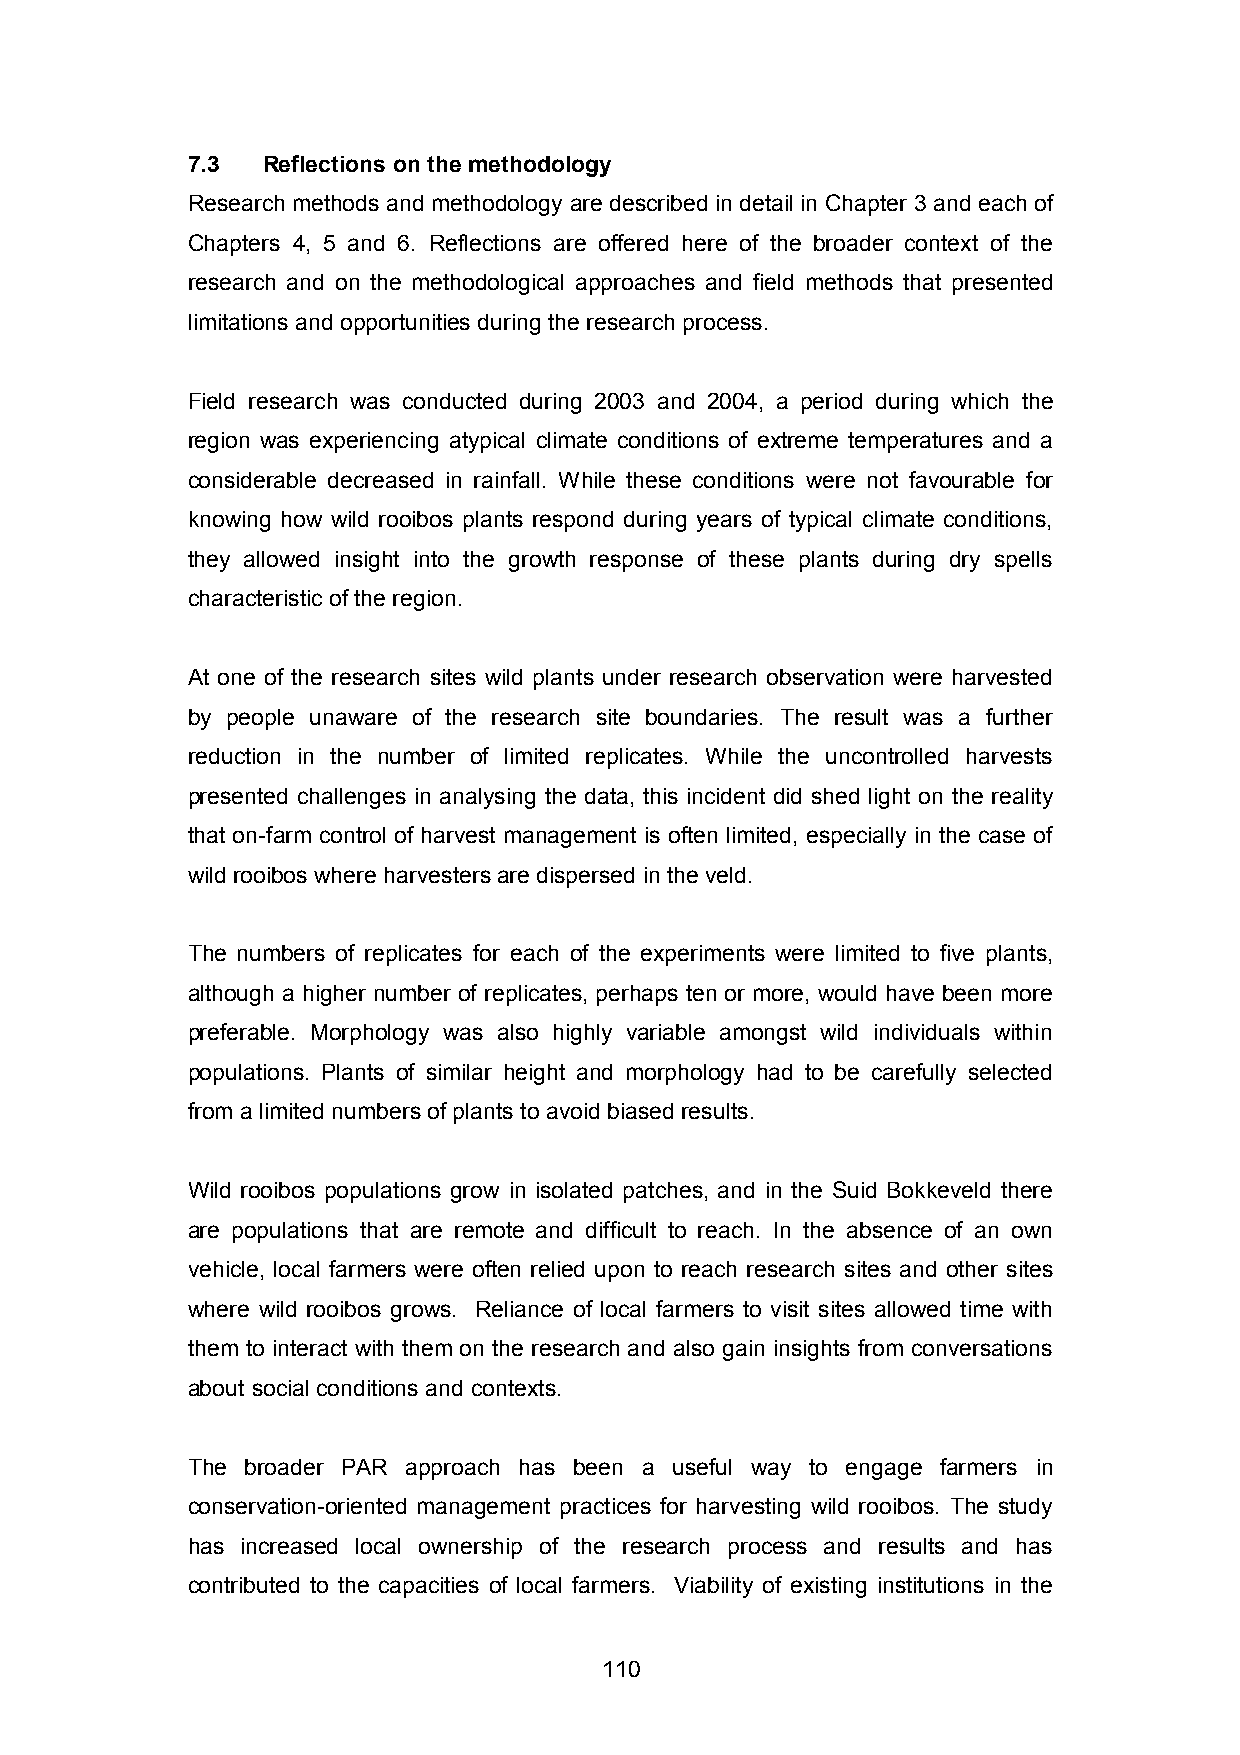
7.3  Reflections on the methodology
 Research methods and methodology are described in detail in Chapter 3 and each of
 Chapters 4, 5 and 6. Reflections are offered here of the broader context of the
 research and on the methodological approaches and field methods that presented
 limitations and opportunities during the research process.
 Field research was conducted during 2003 and 2004, a period during which the
 region was experiencing atypical climate conditions of extreme temperatures and a
 considerable decreased in rainfall. While these conditions were not favourable for
 knowing how wild rooibos plants respond during years of typical climate conditions,
 they allowed insight into the growth response of these plants during dry spells
 characteristic of the region.
 At one of the research sites wild plants under research observation were harvested
 by people unaware of the research site boundaries. The result was a further
 reduction in the number of limited replicates. While the uncontrolled harvests
 presented challenges in analysing the data, this incident did shed light on the reality
 that on-farm control of harvest management is often limited, especially in the case of
 wild rooibos where harvesters are dispersed in the veld.
 The numbers of replicates for each of the experiments were limited to five plants,
 although a higher number of replicates, perhaps ten or more, would have been more
 preferable. Morphology was also highly variable amongst wild individuals within
 populations. Plants of similar height and morphology had to be carefully selected
 from a limited numbers of plants to avoid biased results.
 Wild rooibos populations grow in isolated patches, and in the Suid Bokkeveld there
 are populations that are remote and difficult to reach. In the absence of an own
 vehicle, local farmers were often relied upon to reach research sites and other sites
 where wild rooibos grows. Reliance of local farmers to visit sites allowed time with
 them to interact with them on the research and also gain insights from conversations
 about social conditions and contexts.
 The broader PAR approach has been a useful way to engage farmers in
 conservation-oriented management practices for harvesting wild rooibos. The study
 has increased local ownership of the research process and results and has
 contributed to the capacities of local farmers. Viability of existing institutions in the
 110